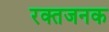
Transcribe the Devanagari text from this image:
रक्तजनक